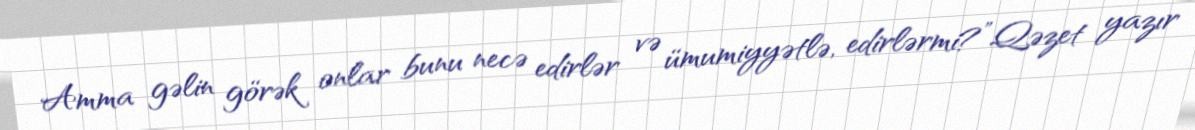
Amma gəlin görək onlar bunu necə edirlər və ümumiyyətlə, edirlərmi?”Qəzet yazır